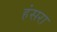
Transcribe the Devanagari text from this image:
हंसरा